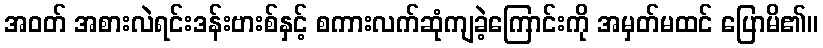
အဝတ် အစားလဲရင်းဒန်းဗားစ်နှင့် စကားလက်ဆုံကျခဲ့ကြောင်းကို အမှတ်မထင် ပြောမိ၏။